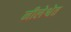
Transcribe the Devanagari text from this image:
नीलेश्वेत